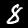
Digit: 8